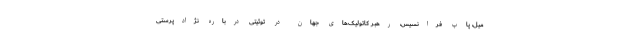
میل، پاپ فرانسیس، رهبر کاتولیک‌های جهان در توئیتی درباره نژادپرستی